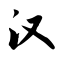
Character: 汉